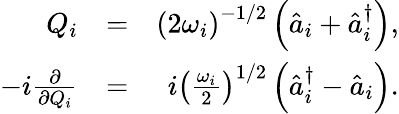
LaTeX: \begin{array}{rlr}{Q_{i}}&{=}&{\left(2\omega_{i}\right)^{-1/2}\left(\hat{a}_{i}+\hat{a}_{i}^{\dagger}\right),}\\ {-i\frac{\partial}{\partial Q_{i}}}&{=}&{i\left(\frac{\omega_{i}}{2}\right)^{1/2}\left(\hat{a}_{i}^{\dagger}-\hat{a}_{i}\right).}\end{array}